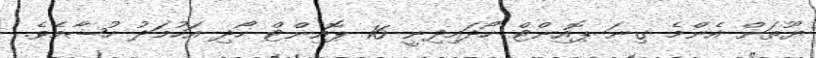
ޔޫތަށް އެންމެ ގިނަ ޕޮއިންޓް ހޯދައިދިނީ 16 ޕޮއިންޓް ހޯދި އަހުމަދު ހުޝާމެވެ.